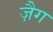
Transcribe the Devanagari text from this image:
ज़ैग